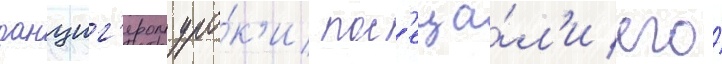
данциг'ером уро́к'и пос'еща́л'и его́